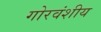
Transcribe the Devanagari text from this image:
गोरवंशीय